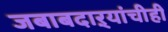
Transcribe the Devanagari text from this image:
जबाबदाऱ्यांचीही